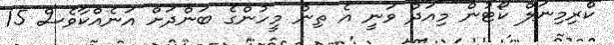
ކްރިމިނަލް ކޯޓުން މިއަދު ވަނީ އެ ތިން މީހުންގެ ބަންދަށް އަނެއްކާވެސް 15